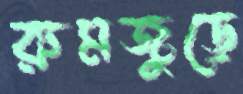
রুমজুড়ে